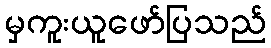
မှကူးယူဖော်ပြသည်